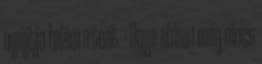
nyújtja felém a teát. - Ugye ebben még nincs